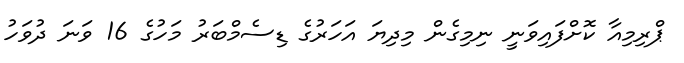
ޕްރިމިއާ ކޮށްފައިވަނީ ނިމިގެން މިދިޔަ އަހަރުގެ ޑިސެމްބަރު މަހުގެ 16 ވަނަ ދުވަހު